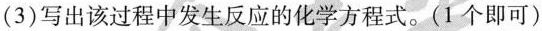
(3)写出该过程中发生反应的化学方程式。（1个即可）